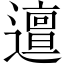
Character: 邅